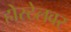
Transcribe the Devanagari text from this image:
होस्टेलवर